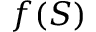
f ( S )